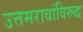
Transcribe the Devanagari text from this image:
उत्तमरावांविरुद्ध